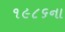
૧૯૮૬ના